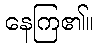
နေကြ၏။